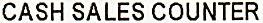
CASH SALES COUNTER